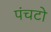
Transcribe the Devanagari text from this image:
पंचटो